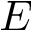
E